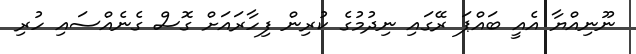
ނޫނިއްޔާ އެއީ ބައްޕަ ރޭގައި ނިދުމުގެ ކުރިން ފިހާރައަށް ގޮސް ގެނެއްސައި ހުރި